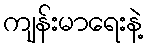
ကျန်းမာရေးနဲ့